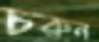
চরুন